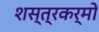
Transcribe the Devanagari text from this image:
शस्त्रकर्मों